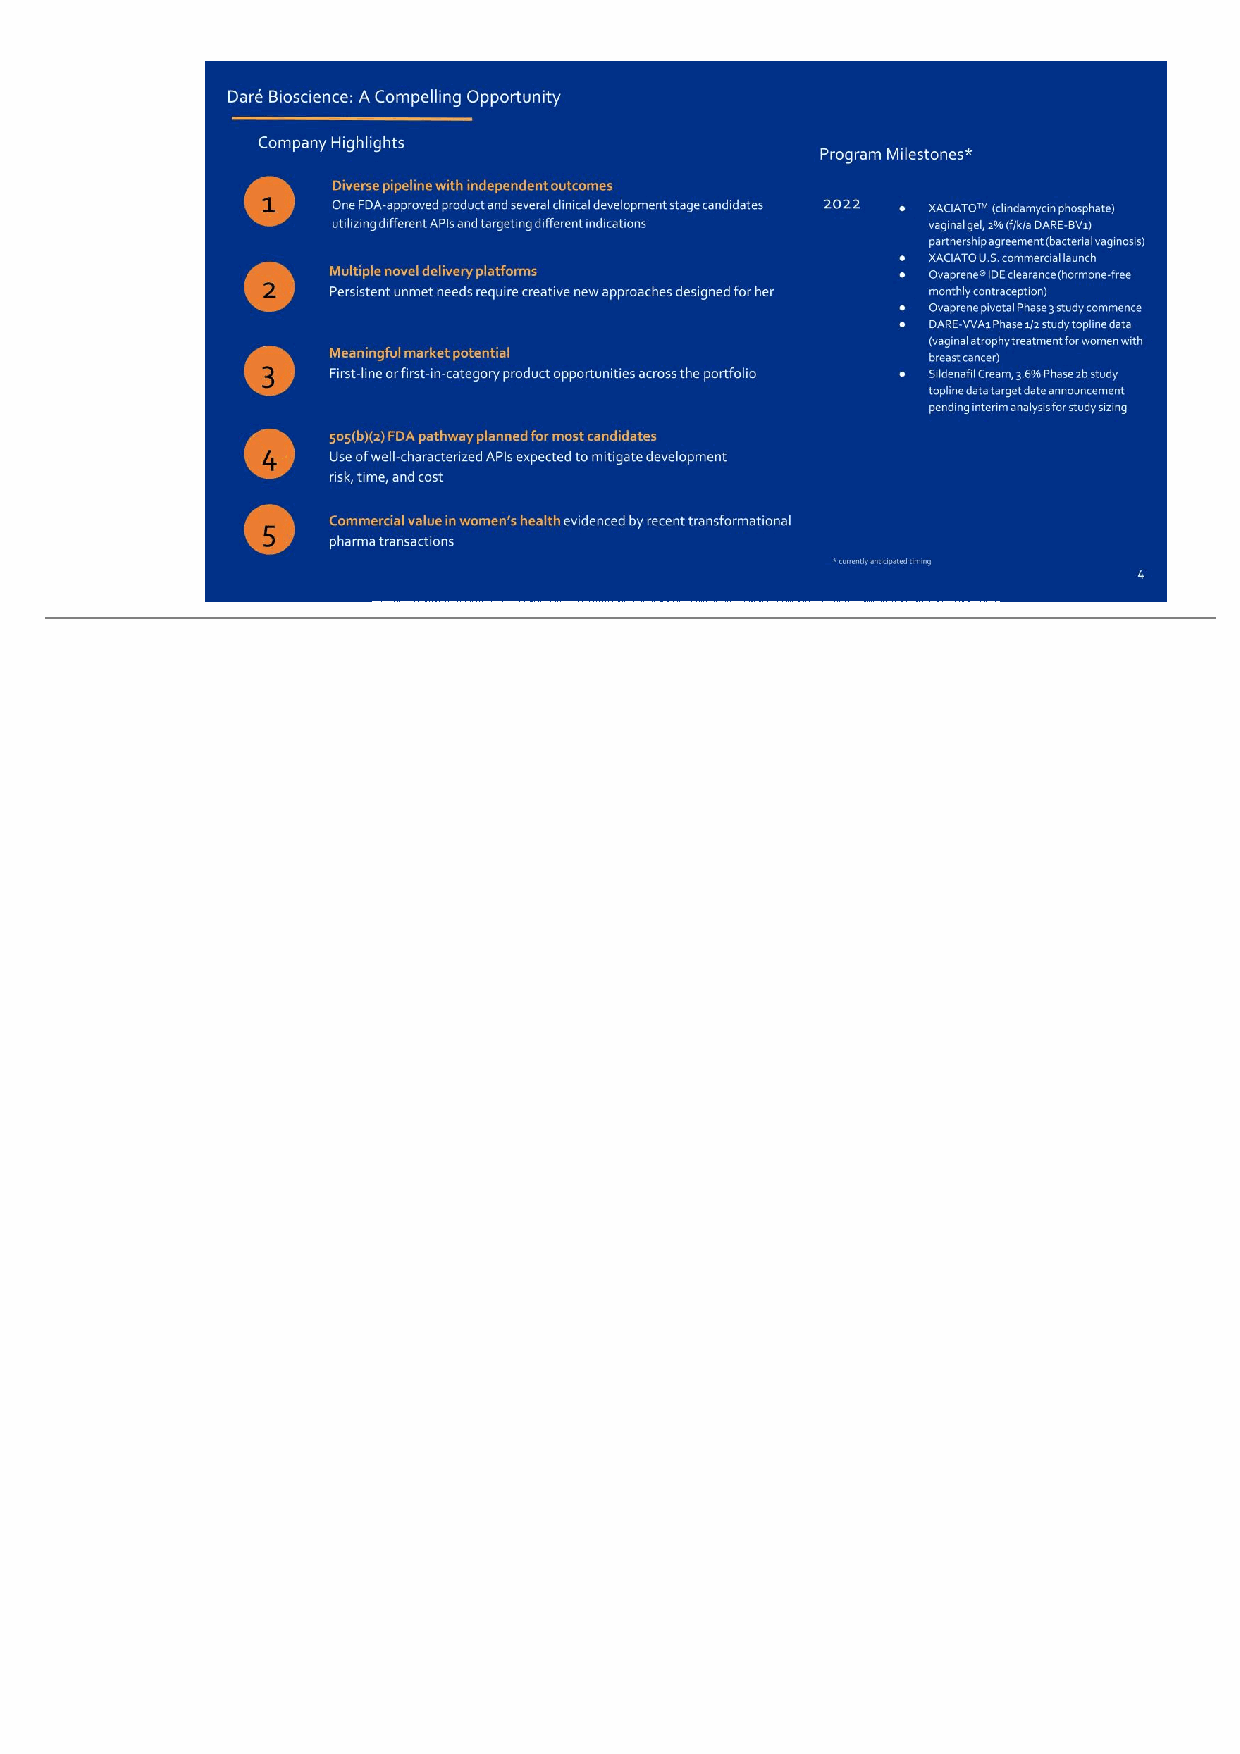
1 Diverse pipeline with independent outcomes One FDA-approved product and several clinical development stage candidates utilizing different APIs and targeting different indications Multiple novel delivery platforms Persistent unmet needs require creative new approaches designed for her2 Meaningful market potential First-line or first-in-category product opportunities across the portfolio3 Daré Bioscience: A Compelling Opportunity 4 505(b)(2) FDA pathway planned for most candidates Use of well-characterized APIs expected to mitigate development risk, time, and cost 5 Commercial value in women’s health evidenced by recent transformational pharma transactions Program Milestones* 4 ● XACIATOTM (clindamycin phosphate) vaginal gel, 2% (f/k/a DARE-BV1) partnership agreement (bacterial vaginosis) ● XACIATO U.S. commercial launch ● Ovaprene® IDE clearance (hormone-free monthly contraception) ● Ovaprene pivotal Phase 3 study commence ● DARE-VVA1 Phase 1/2 study topline data (vaginal atrophy treatment for women with breast cancer) ● Sildenafil Cream, 3.6% Phase 2b study topline data target date announcement pending interim analysis for study sizing 2022 * currently anticipated timing Company Highlights